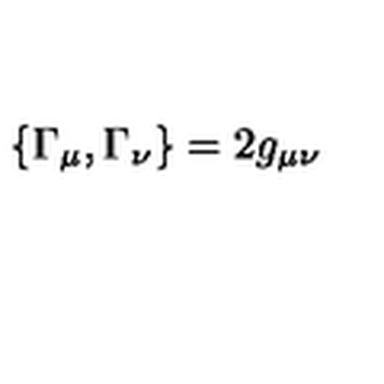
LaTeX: \left\{ \Gamma _ { \mu } , \Gamma _ { \nu } \right\} = 2 g _ { \mu \nu }